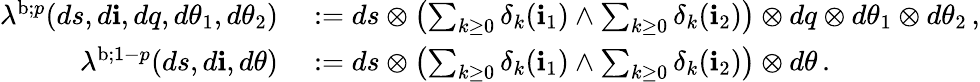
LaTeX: \begin{array}{rl}{\lambda^{\mathrm{b};p}(ds,d\mathbf{i},dq,d\theta_{1},d\theta_{2})}&{{}:=ds\otimes\left(\sum_{k\geq 0}\delta_{k}(\mathbf{i}_{1})\wedge\sum_{k\geq 0}\delta_{k}(\mathbf{i}_{2})\right)\otimes dq\otimes d\theta_{1}\otimes d\theta_{2}\, ,}\\ {\lambda^{\mathrm{b};1-p}(ds,d\mathbf{i},d\theta)}&{{}:=ds\otimes\left(\sum_{k\geq 0}\delta_{k}(\mathbf{i}_{1})\wedge\sum_{k\geq 0}\delta_{k}(\mathbf{i}_{2})\right)\otimes d\theta\, .}\end{array}